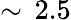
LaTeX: \sim\, 2.5